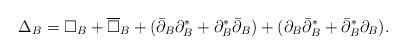
LaTeX: \begin{align*}\Delta_B =\square_B +\overline\square_B + (\bar\partial_B\partial_B^*+\partial_B^*\bar\partial_B) + (\partial_B\bar\partial_B^* +\bar\partial_B^*\partial_B).\end{align*}